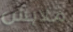
ملابس